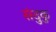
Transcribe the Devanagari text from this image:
संदुकु